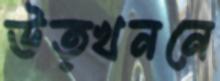
উত্খননে